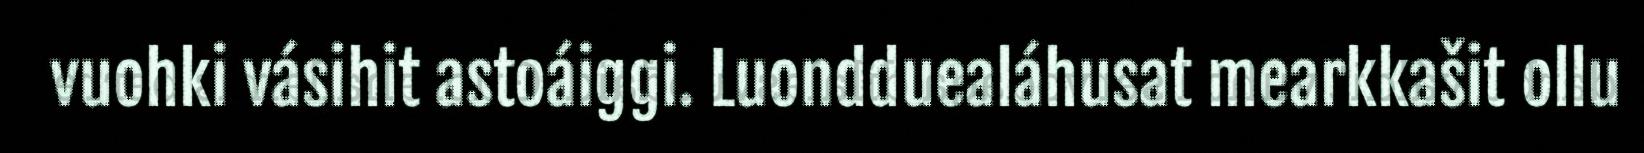
vuohki vásihit astoáiggi. Luondduealáhusat mearkkašit ollu